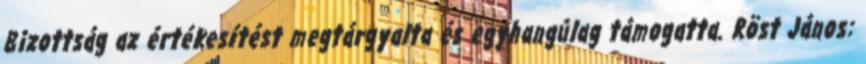
Bizottság az értékesítést megtárgyalta és egyhangúlag támogatta. Röst János: